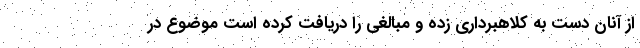
از آنان دست به کلاهبرداری زده و مبالغی را دریافت کرده است موضوع در